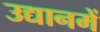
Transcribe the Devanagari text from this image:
उद्यानमें